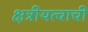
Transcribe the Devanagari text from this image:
क्षत्रीयत्वाची